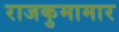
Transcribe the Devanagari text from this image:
राजकुमामार